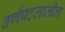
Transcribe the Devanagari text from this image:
वर्णपटलातील